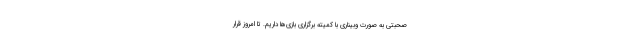
صحبتی به صورت وبیناری با کمیته برگزاری بازی‌ها داریم. تا امروز قرار